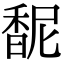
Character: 馜